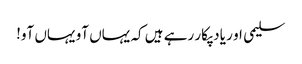
سلیمی او ر یاد پکار رہے ہیں کہ یہاں آو یہاں آو!